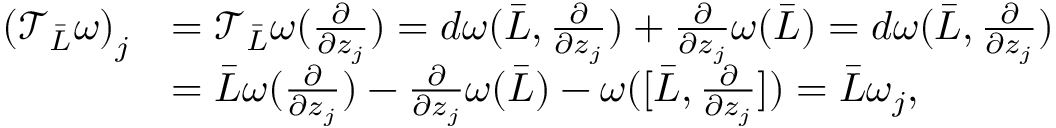
\begin{array} { r l } { \left( \mathcal { T } _ { \bar { L } } \omega \right) _ { j } } & { = \mathcal { T } _ { \bar { L } } \omega ( \frac { \partial } { \partial z _ { j } } ) = d \omega ( \bar { L } , \frac { \partial } { \partial z _ { j } } ) + \frac { \partial } { \partial z _ { j } } \omega ( \bar { L } ) = d \omega ( \bar { L } , \frac { \partial } { \partial z _ { j } } ) } \\ & { = \bar { L } \omega ( \frac { \partial } { \partial z _ { j } } ) - \frac { \partial } { \partial z _ { j } } \omega ( \bar { L } ) - \omega ( [ \bar { L } , \frac { \partial } { \partial z _ { j } } ] ) = \bar { L } \omega _ { j } , } \end{array}